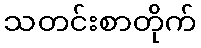
သတင်းစာတိုက်